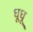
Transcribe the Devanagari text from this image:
धूधू